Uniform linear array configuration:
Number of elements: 16
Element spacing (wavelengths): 0.25
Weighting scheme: cosine
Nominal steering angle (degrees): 0
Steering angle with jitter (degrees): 0.5429
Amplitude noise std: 0.05
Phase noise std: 0.05

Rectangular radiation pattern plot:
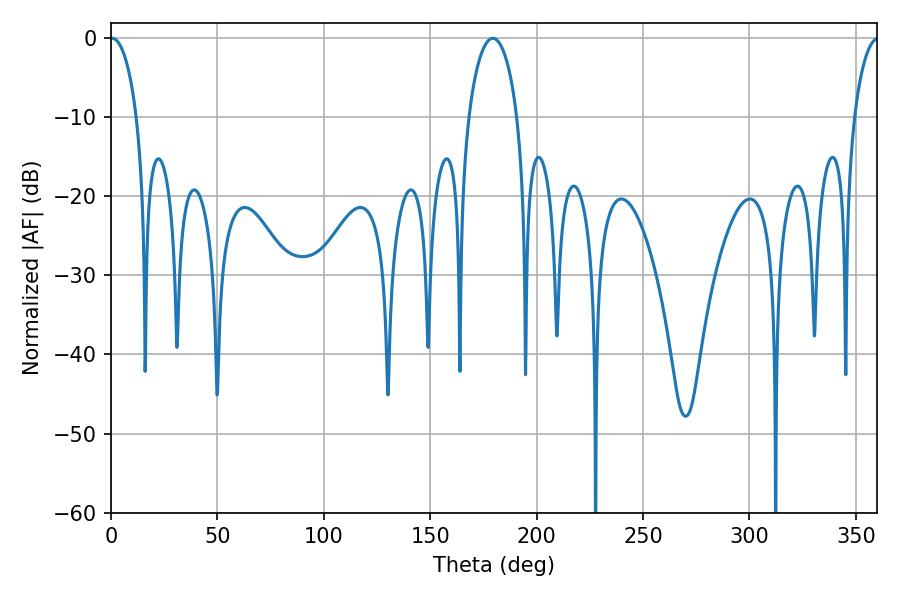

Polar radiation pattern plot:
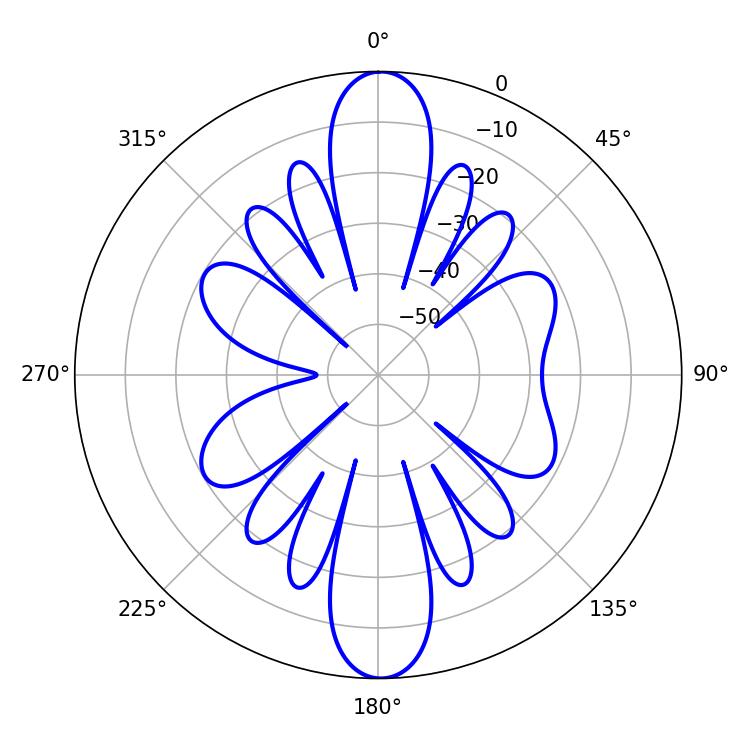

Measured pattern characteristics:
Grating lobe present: FALSE
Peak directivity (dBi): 25.808
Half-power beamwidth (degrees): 7.2
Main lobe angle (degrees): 0.54